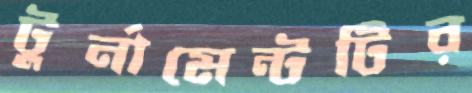
টুর্নামেন্টটির